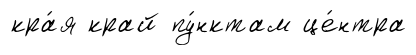
кра́я край пу́нктам це́нтра